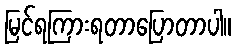
မြင်ရကြားရတာပြောတာပါ။